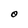
Character: O